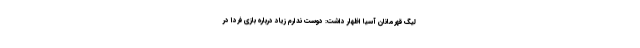
لیگ قهرمانان آسیا اظهار داشت: دوست ندارم زیاد درباره بازی فردا در